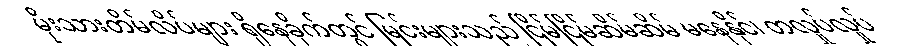
မိုးသားတိမ်လိပ်များ ရှိနေခိုက်တွင် မြင်းများသည် ငြိမ်ငြိမ်ဆိမ်ဆိမ် မနေနိုင်၊ တလှုပ်လှုပ်